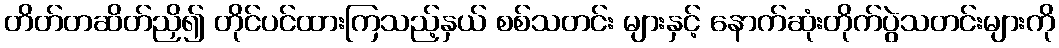
တိတ်တဆိတ်ညှိ၍ တိုင်ပင်ထားကြသည့်နှယ် စစ်သတင်း များနှင့် နောက်ဆုံးတိုက်ပွဲသတင်းများကို